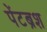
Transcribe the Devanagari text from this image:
पेंटब्रश